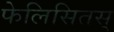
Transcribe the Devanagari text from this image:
फेलिसितस्